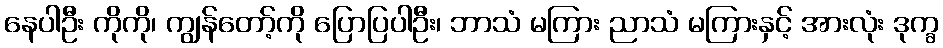
နေပါဦး ကိုကို၊ ကျွန်တော့်ကို ပြောပြပါဦး၊ ဘာသံ မကြား ညာသံ မကြားနှင့် အားလုံး ဒုက္ခ